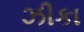
ઝીકા